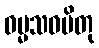
ဓမ္မသဝပိတု